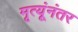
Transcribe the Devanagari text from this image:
मृत्यूंनंतर